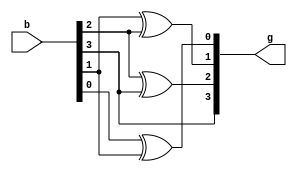
module Binary_to_Gray(g, b);
	input [3:0] b;
	output [3:0] g;

	buf(g[3], b[3]);
	xor(g[2], b[2], b[3]);
	xor(g[1], b[1], b[2]);
	xor(g[0], b[0], b[1]);
endmodule

module Binary_to_Gray_tb;
	reg [3:0] Binary;
	wire [3:0] Gray;

	Binary_to_Gray B2G(.g(Gray), .b(Binary));

	initial begin
		Binary = 4'b0000; #50;
		Binary = 4'b0001; #50;
		Binary = 4'b0010; #50;
		Binary = 4'b0011; #50;
		Binary = 4'b0100; #50;
		Binary = 4'b0101; #50;
		Binary = 4'b0110; #50;
		Binary = 4'b0111; #50;
		Binary = 4'b1000; #50;
		Binary = 4'b1001; #50;
		Binary = 4'b1010; #50;
		Binary = 4'b1011; #50;
		Binary = 4'b1100; #50;
		Binary = 4'b1101; #50;
		Binary = 4'b1110; #50;
		Binary = 4'b1111; #50;
	end
endmodule